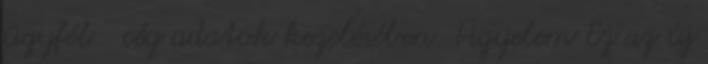
ügyfél cég adatok kezelésében. Figyelem Ez az új